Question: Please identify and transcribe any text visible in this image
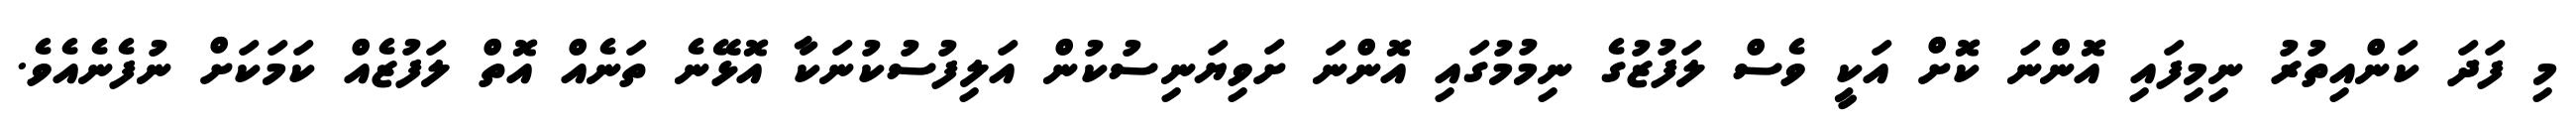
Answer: މި ފަދަ ކަންއިތުރު ނިމިފައި އޮންނަ ކޮށް އަކީ ވެސް ލަފުޒުގެ ނިމުމުގައި އޮންނަ ށަވިޔަނިސުކުން އަލިފުސުކުނަކާ އޮޅޭނެ ތަނެއް އޮތް ލަފުޒެއް ކަމަކަށް ނުފެނެއެވެ.